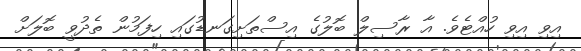
އިވި އިވި ހުއްޓެވެ. އާ ރާސިލް ބޮލުގެ އިސްތަށިގަނޑުގައި ހިފަމުން ތެދުވީ ބޮލަށް